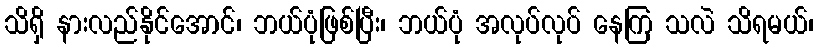
သိရှိ နားလည်နိုင်အောင်၊ ဘယ်ပုံဖြစ်ပြီး၊ ဘယ်ပုံ အလုပ်လုပ် နေကြ သလဲ သိရမယ်၊